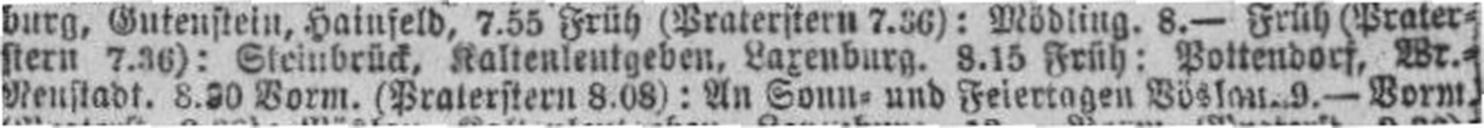
Neustadt. 8.30 Vorm. (Praterstern 8.08): An Sonn= und Feiertagen Böslau. 9.— Vorm.